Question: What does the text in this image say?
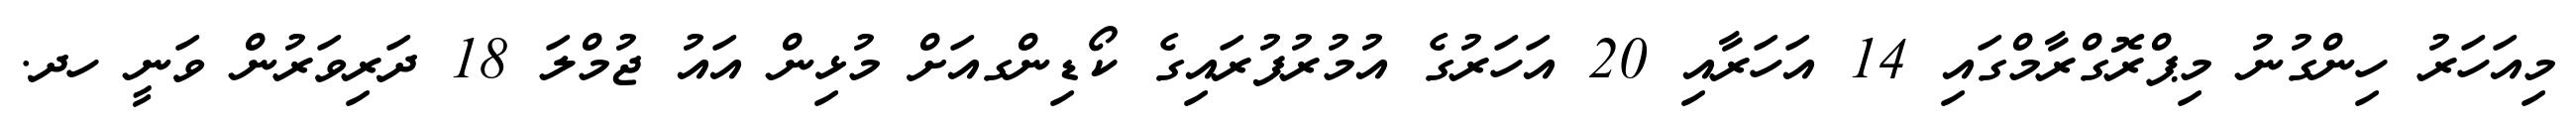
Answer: މިއަހަރު ހިންގުނު މިޕްރޮގްރާމްގައި 14 އަހަރާއި 20 އަހަރުގެ އުމުރުފުރައިގެ ކޯޑިންގއަށް މުޅިން އައު ޖުމްލަ 18 ދަރިވަރުން ވަނީ ހދ.